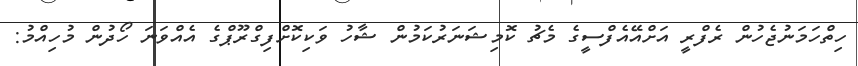
ހިތްހަމަނުޖެހުން ރެފްރީ އަށްއޭއެފްސީގެ މެޗު ކޮމިޝަނަރުކަމުން ޝާހު ވަކިކޮށްފިގްރޫޕްގެ އެއްވަނަ ހޯދުން މުހިއްމު: